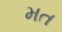
મત